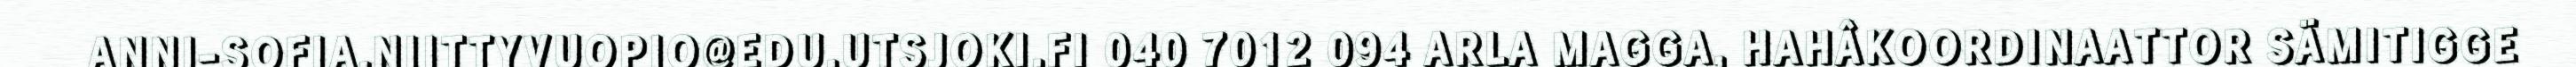
ANNI-SOFIA.NIITTYVUOPIO@EDU.UTSJOKI.FI 040 7012 094 ARLA MAGGA, HAHÂKOORDINAATTOR SÄMITIGGE